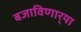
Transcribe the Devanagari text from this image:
बजाविणार्‍या